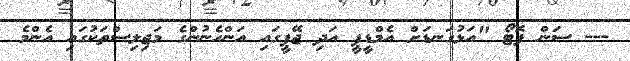
--- ސަން ފޮޓޯ "އަޅުގަނޑަށް އެމްޑީޕީ އަދި ޖޭޕީގައި އަންހެނުންގެ މަޖިލިސްތަކުގައި އެންމެ